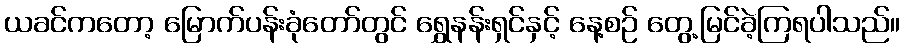
ယခင်ကတော့ မြောက်ပန်းခုံတော်တွင် ရွှေနန်းရှင်နှင့် နေ့စဉ် တွေ့မြင်ခဲ့ကြရပါသည်။